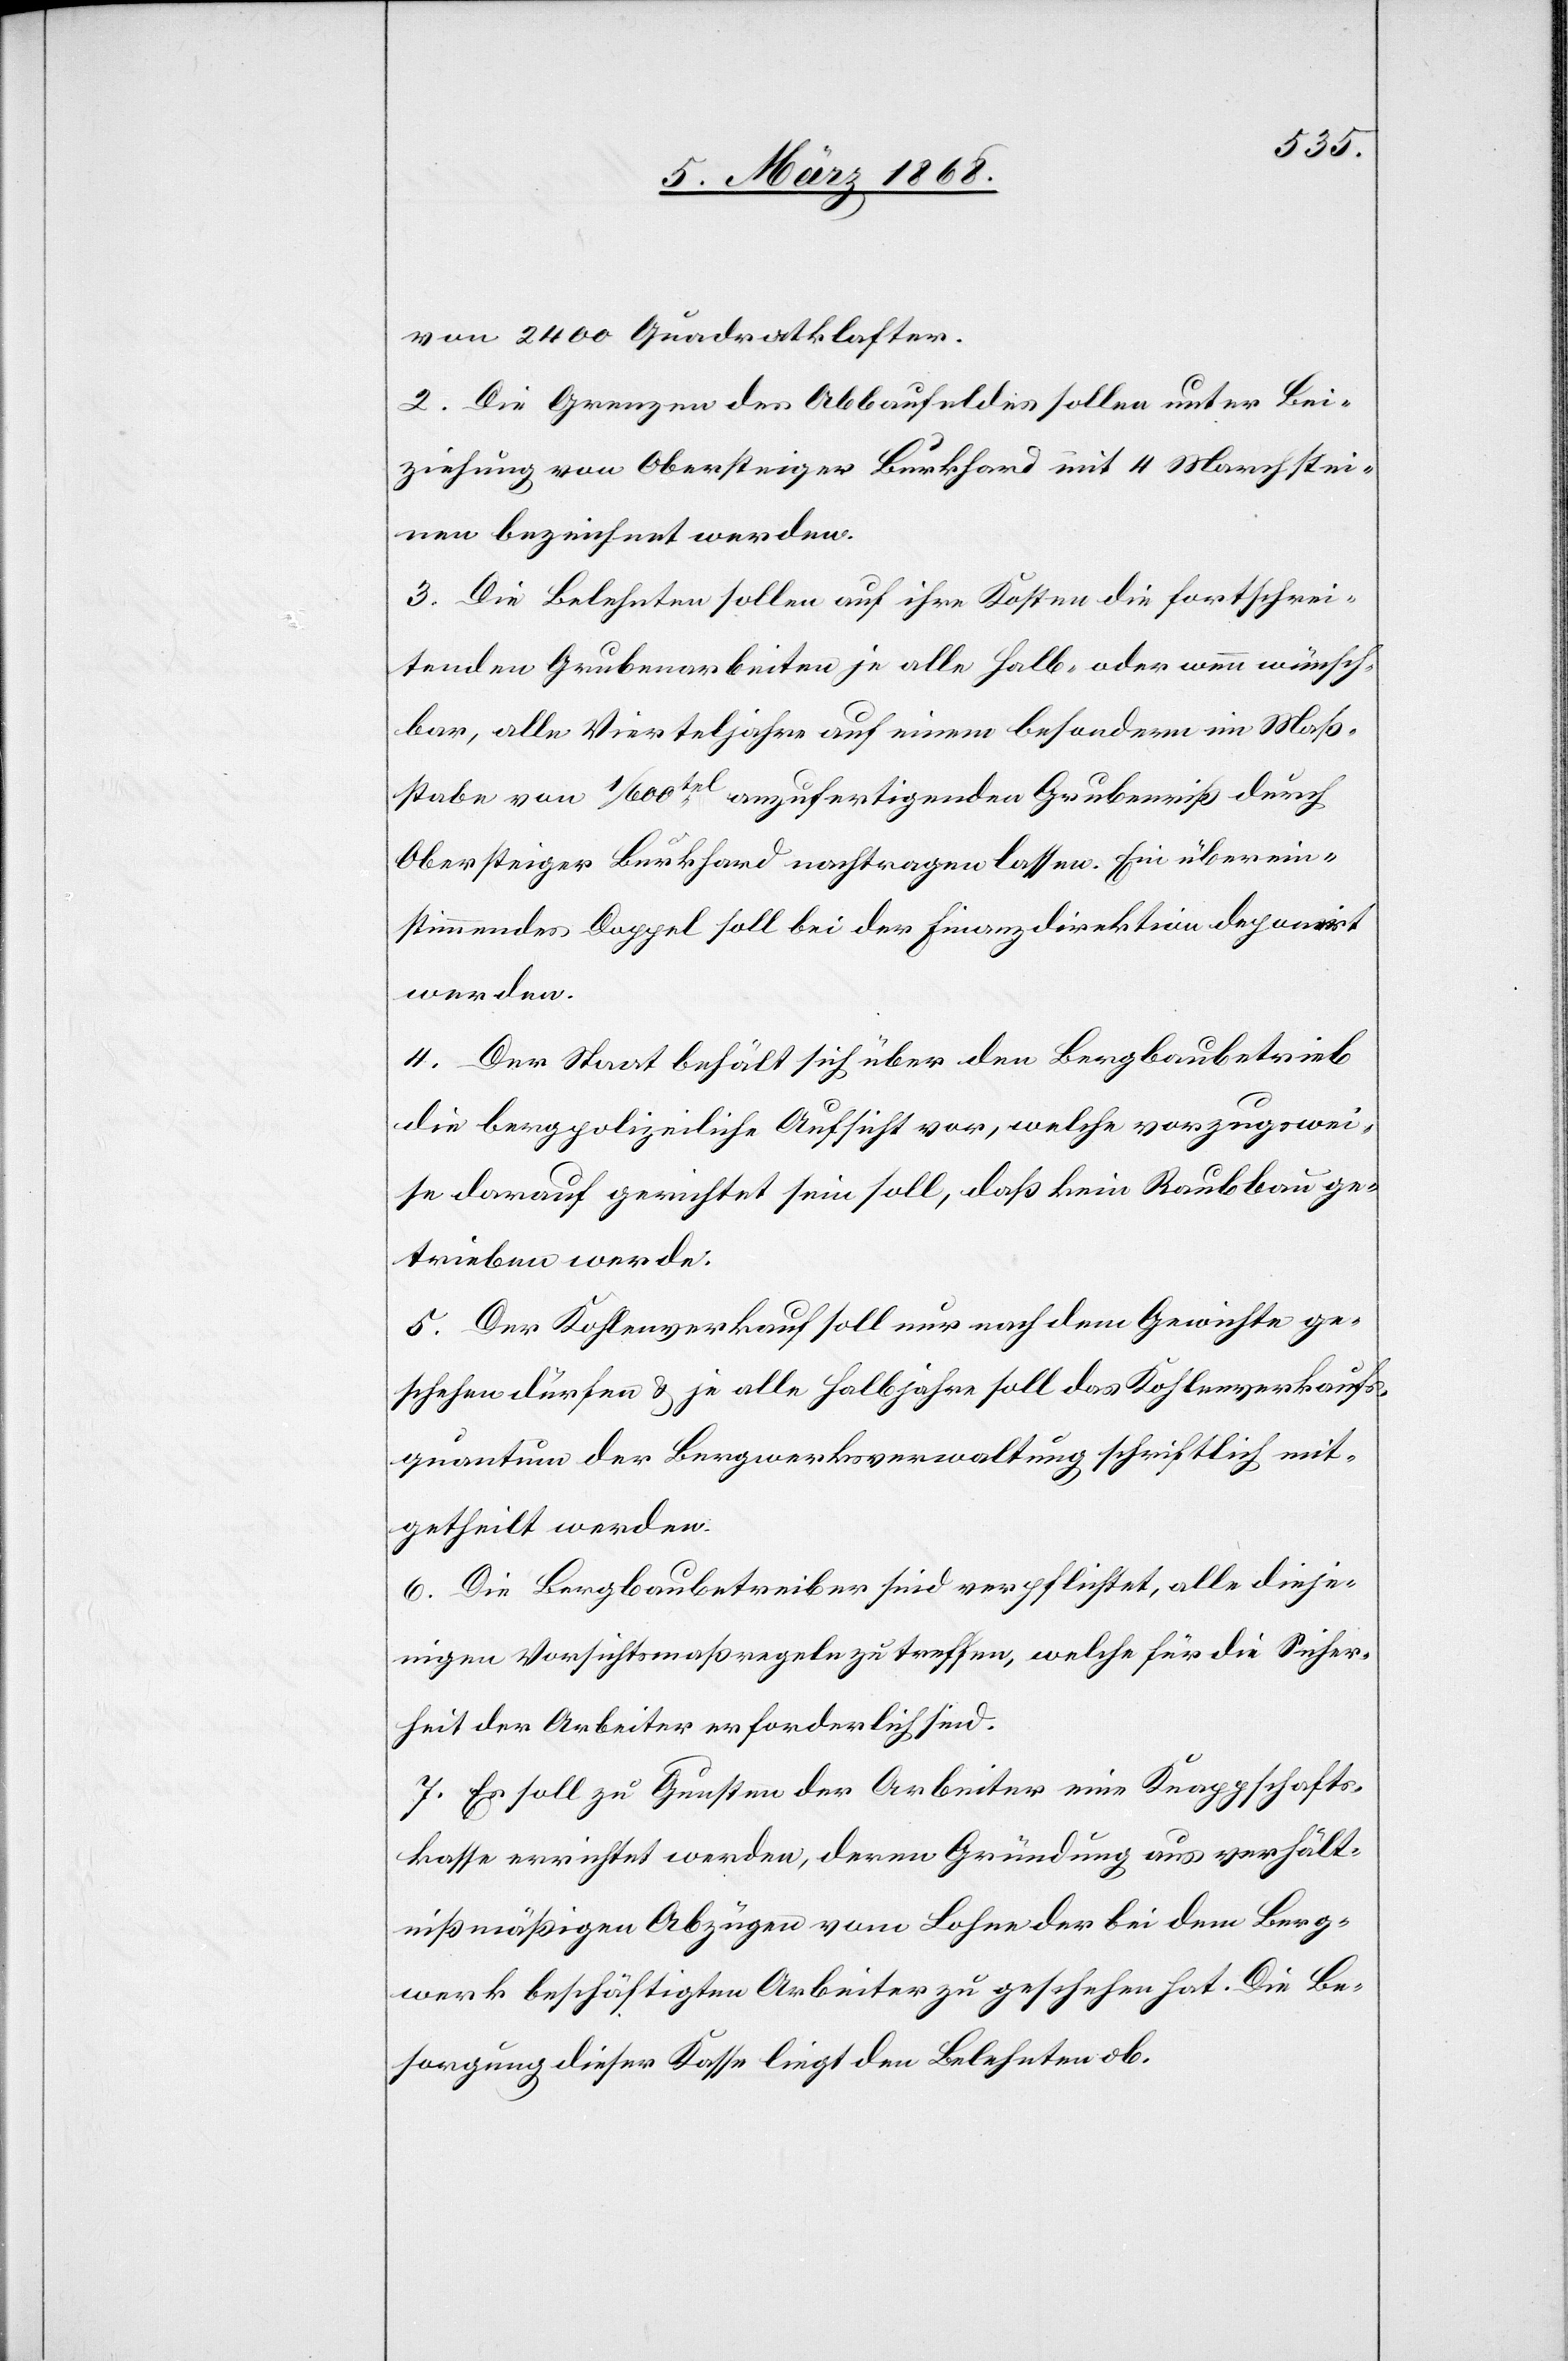
von 2400 Quadratklafter.
2. Die Grenzen des Abbaufeldes sollen unter Bei¬
ziehung von Obersteiger Burkhard mit 4 Marchstei¬
nen bezeichnet werden.
3. Die Belehnten sollen auf ihre Kosten die fortschrei¬
tenden Grubenarbeiten je alle Halb- oder wenn wünsch¬
bar, alle Vierteljahre auf einem besondern im Maß¬
stabe von 1/600tel anzufertigenden Grubenriß durch
Obersteiger Burkhard nachtragen lassen. Ein überein¬
stimmendes Doppel soll bei der Finanzdirektion deponirt
werden.
4. Der Staat behält sich über den Bergbaubetrieb
die bergpolizeiliche Aufsicht vor, welche vorzugswei¬
se darauf gerichtet sein soll, daß kein Raubbau ge¬
trieben werde.
5. Der Kohlenverkauf soll nur nach dem Gewichte ge¬
schehen dürfen & je alle Halbjahre soll das Kohlenverkaufs¬
quantum der Bergwerksverwaltung schriftlich mit¬
getheilt werden.
6. Die Bergbaubetreiber sind verpflichtet, alle dieje¬
nigen Vorsichtsmaßregeln zu treffen, welche für die Sicher¬
heit der Arbeiter erforderlich sind.
7. Es soll zu Gunsten der Arbeiter eine Knappschafts¬
kasse errichtet werden, deren Gründung aus verhält¬
nißmäßigen Abzügen vom Lohne der bei dem Berg¬
werk beschäftigten Arbeiter zu geschehen hat. Die Be¬
sorgung dieser Kasse liegt den Belehnten ob.